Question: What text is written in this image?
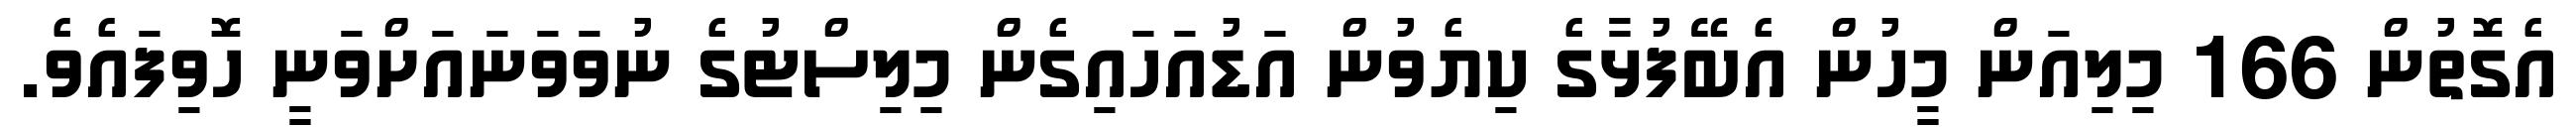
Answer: އެގޮތުން 166 މިލިއަން މީހުން އެބޭފުޅާގެ ކިޔެވުން އަޑުއަހައިގެން މިލިސްޓުގެ ނުވަވަނައަށްވަނީ ހޮވިފައެވެ.